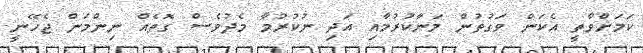
ކަމަށްވާތީ އެކަން ވަގުތުން މަނާކުރުމާއި އަދި ނުކުރުމާ މެދުވެސް ގޮތެއް ނިންމަން ޖެހޭނީ